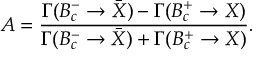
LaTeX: A = \frac { \Gamma ( B _ { c } ^ { - } \to \bar { X } ) - \Gamma ( B _ { c } ^ { + } \to X ) } { \Gamma ( B _ { c } ^ { - } \to \bar { X } ) + \Gamma ( B _ { c } ^ { + } \to X ) } .